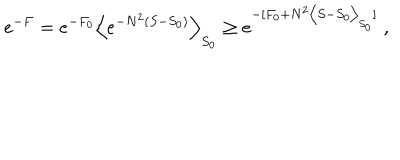
LaTeX: e ^ { - F } = e ^ { - F _ { 0 } } \Big < e ^ { - N ^ { 2 } ( S - S _ { 0 } ) } \Big > _ { S _ { 0 } } \ge e ^ { - [ F _ { 0 } + N ^ { 2 } \big < S - S _ { 0 } \big > _ { S _ { 0 } } ] } \; ,